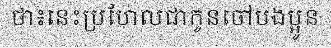
ថា៖នេះប្រហែលជាកូនចៅបងប្អូន